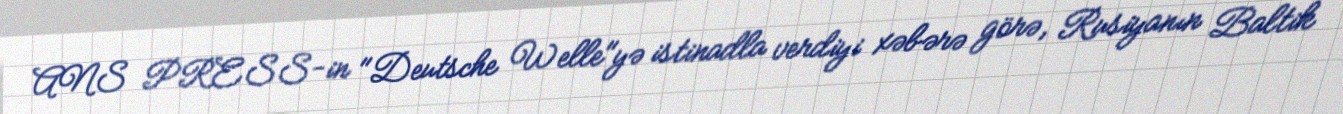
ANS PRESS-in "Deutsche Welle"yə istinadla verdiyi xəbərə görə, Rusiyanın Baltik